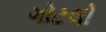
ગોટલો